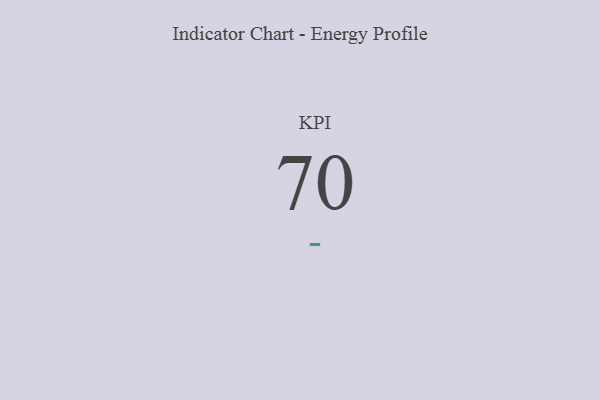
{"axis": {"x": "KPI", "y": "Value"}, "legend": [""], "data": [{"x": "KPI", "y": 70, "type": ""}]}